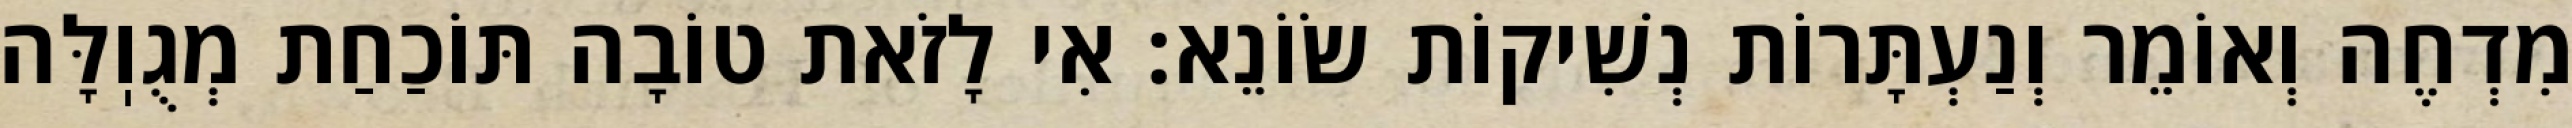
מִדְחֶה וְאוֹמֵר וְנַעְתָּרוֹת נְשִׁיקוֹת שׂוֹנֵא: אִי לָזֹאת טוֹבָה תּוֹכַחַת מְגֻוֽלָּה